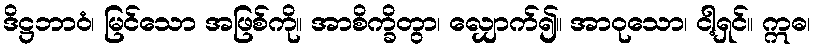
ဒိဋ္ဌဘာဝံ၊ မြင်သော အဖြစ်ကို။ အာစိက္ခိတွာ၊ လျှောက်၍။ အာဝုသော၊ ငါ့ရှင်။ ဣဓ၊